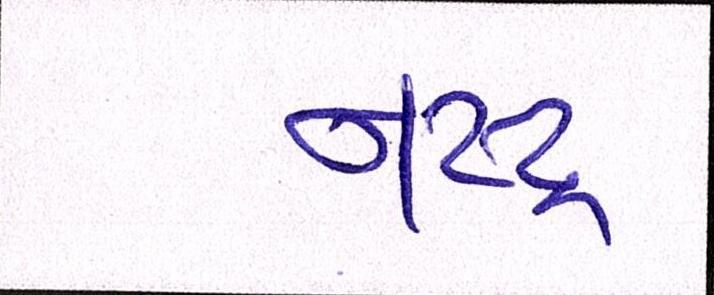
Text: નષ્ટ્ર